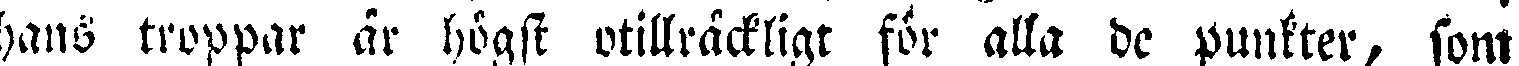
hans troppar ar högst otillräckligt för alla de punkter, som